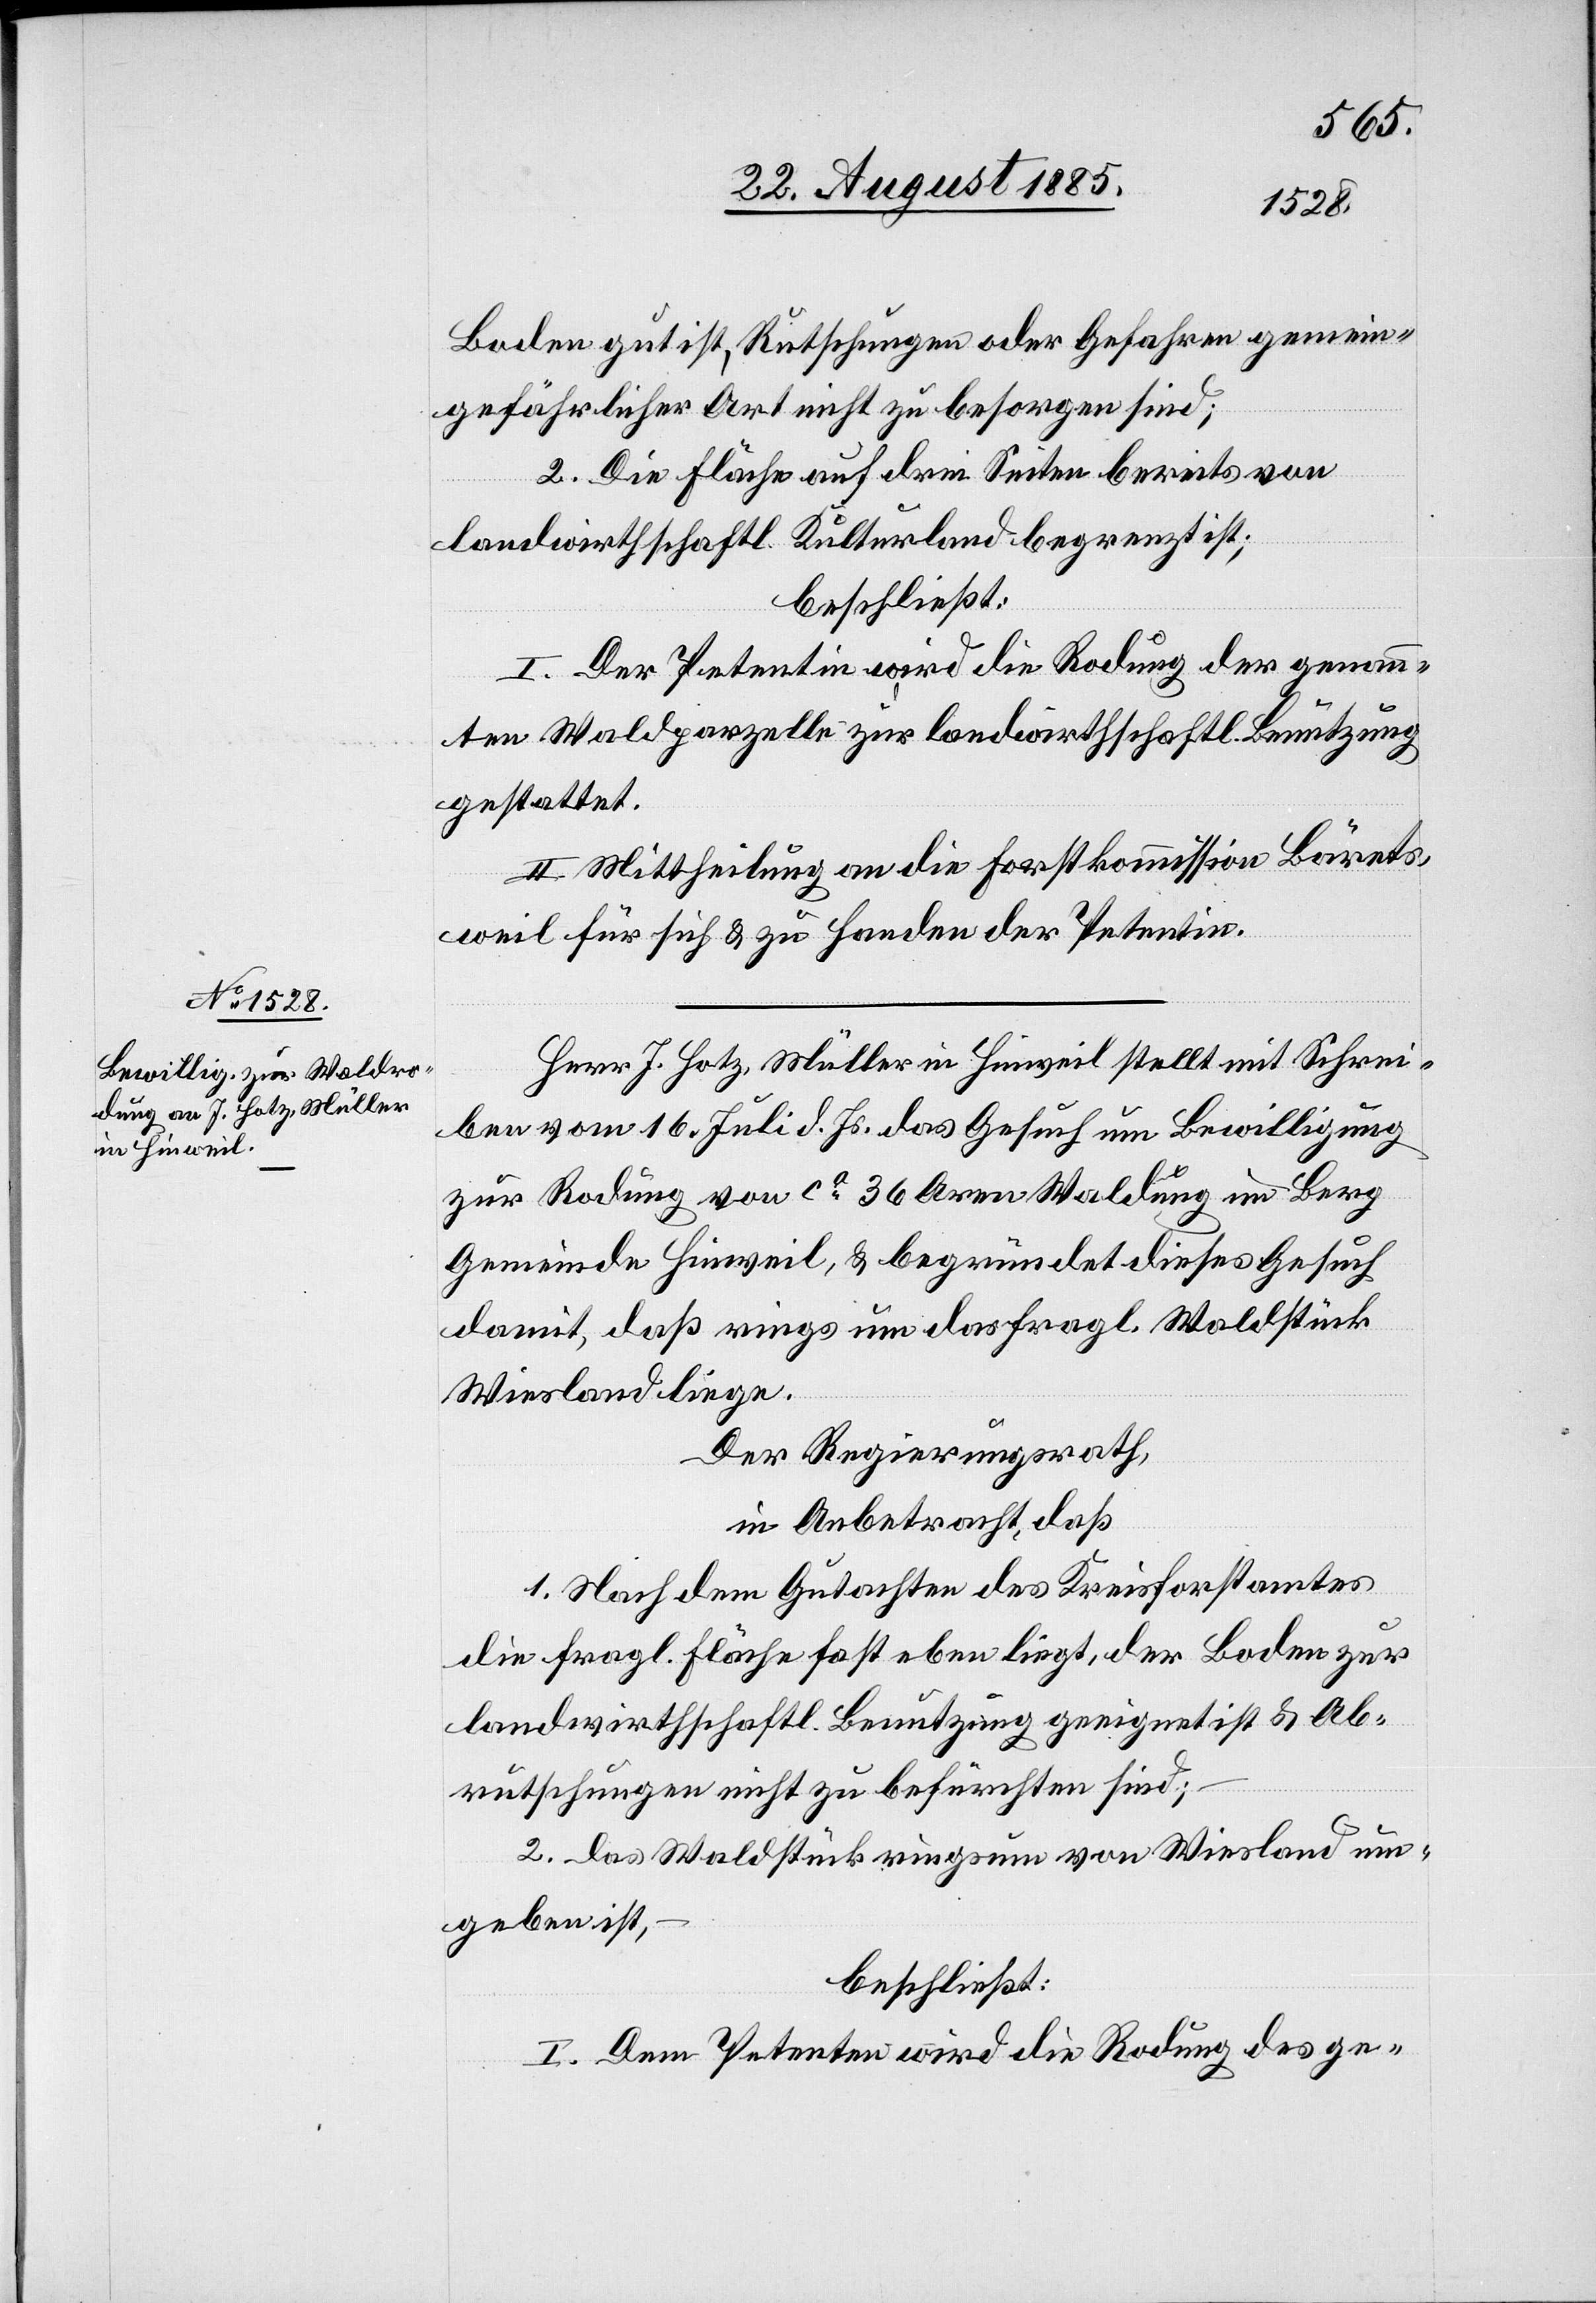
Boden gut ist, Rutschungen oder Gefahren gemein¬
gefährlicher Art nicht zu besorgen sind;
2. Die Fläche auf drei Seiten bereits von
landwirthschaftl. Kulturland begrenzt ist;
beschließt:
I. Der Petentin wird die Rodung der genann¬
ten Waldparzelle zur landwirthschaftl. Benutzung
gestattet.
II. Mittheilung an die Forstkommission Bärets¬
weil für sich & zu Handen der Petentin.
Herr J. Hotz, Müller in Hinweil stellt mit Schrei¬
ben vom 16. Juli d. Js. das Gesuch um Bewilligung
zur Rodung von ca 36 Aren Waldung im Berg
Gemeinde Hinweil, & begründet dieses Gesuch
damit, daß rings um das fragl. Waldstück
Wiesland liege.
Der Regierungsrath,
in Anbetracht, daß
1. Nach dem Gutachten des Kreisforstamtes
die fragl. Fläche fast eben liegt, der Boden zur
landwirthschaftl. Benutzung geeignet ist & Ab¬
rutschungen nicht zu befürchten sind;
2. das Waldstück ringsum von Wiesland um¬
geben ist,
beschließt:
I. Dem Petenten wird die Rodung des ge-